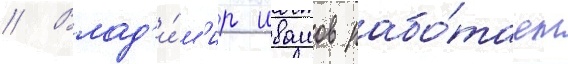
// Влад'и́м'ир ивашов рабо́тает